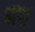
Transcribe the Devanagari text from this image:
अपां